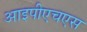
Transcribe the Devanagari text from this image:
आइपीएचएस